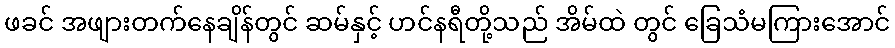
ဖခင် အဖျားတက်နေချိန်တွင် ဆမ်နှင့် ဟင်နရီတို့သည် အိမ်ထဲ တွင် ခြေသံမကြားအောင်